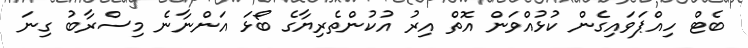
ބެޓް ހިއްޕަވައިގެން ކުޅުއްވަން އޮތް އިރު އުކުންތެރިޔާގެ ބޯޅަ އަންނާނެ މިސްރާބު ގިނަ